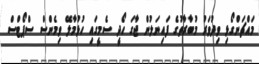
މައްޗަންގޯޅި ވިދުވަރު މުބާރާތުގެ ފައިނަލުން ޖާގަ ހޯދީ ސެމީގައި ހުޅުމާލޭ ވިމެންސް ސްޕޯޓްސް